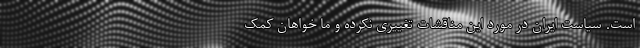
است. سیاست ایران در مورد این مناقشات تغییری نکرده و ما خواهان کمک